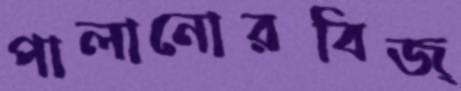
পালানোরবিজ্